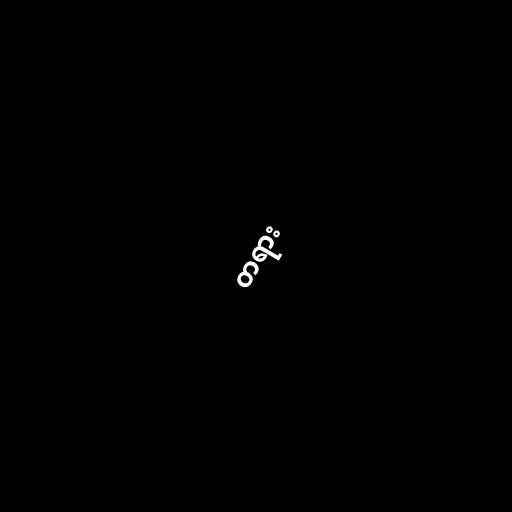
တရား